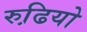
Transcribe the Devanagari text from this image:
रुढि़यो